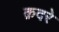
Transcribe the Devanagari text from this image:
क़दरे